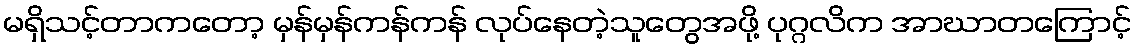
မရှိသင့်တာကတော့ မှန်မှန်ကန်ကန် လုပ်နေတဲ့သူတွေအဖို့ ပုဂ္ဂလိက အာဃာတကြောင့်